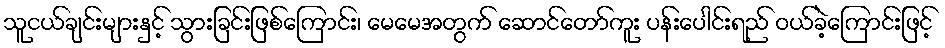
သူငယ်ချင်းများနှင့် သွားခြင်းဖြစ်ကြောင်း၊ မေမေအတွက် ဆောင်တော်ကူး ပန်းပေါင်းရည် ဝယ်ခဲ့ကြောင်းဖြင့်